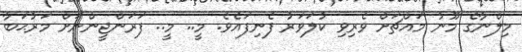
މިލްނާގެ މޫނު މައްޗަށް ވެރިވި ކުލަވަރު ފެނިފައެވެ. މީ.. މީ.. ފަރަންޖީންނަށް މަރުޙަބާ